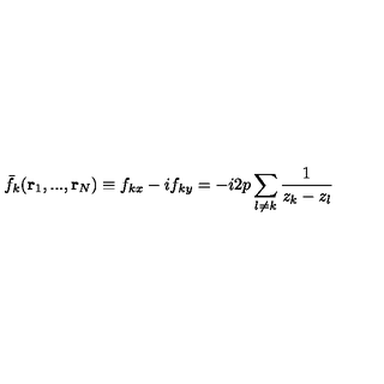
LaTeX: \bar { f } _ { k } ( { \bf r } _ { 1 } , . . . , { \bf r } _ { N } ) \equiv f _ { k x } - i f _ { k y } = - i 2 p \sum _ { l \neq k } \frac { 1 } { z _ { k } - z _ { l } }